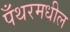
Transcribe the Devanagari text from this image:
पँथरमधील